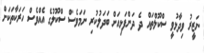
ނަޒީރު ވިދާޅުވީ ސްކޫލްތައް ދެ ދަންފަޅިއަށް ބަދަލުކުރި ނަމަވެސް ސްކޫލުގެ އެއްވެސް ހަރަކާތަކަށް